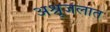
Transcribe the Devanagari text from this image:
अश्रूजलात